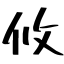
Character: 攸